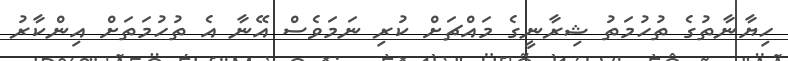
ހިޔާނާތުގެ ތުހުމަތު ޝިރާނީގެ މައްޗަށް ކުރި ނަމަވެސް އޭނާ އެ ތުހުމަތަށް އިންކާރު